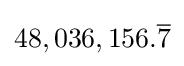
48,036,156.{\overline {7}}